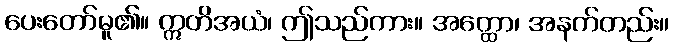
ပေးတော်မူ၏။ ဣတိအယံ၊ ဤသည်ကား။ အတ္ထော၊ အနက်တည်း။